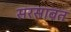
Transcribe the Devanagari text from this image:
सरसावत